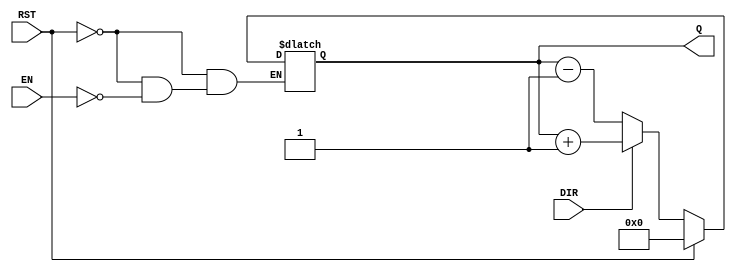
module async_counter #(
    parameter WIDTH = 4 // Configurable width (3 to 8 bits)
)(
    input wire EN,       // Enable signal
    input wire DIR,      // Count direction (1 for up, 0 for down)
    input wire RST,      // Asynchronous reset signal
    output reg [WIDTH-1:0] Q // Count value output
);

    // Asynchronous reset and count logic
    always @(*) begin
        if (RST) begin
            Q = 0; // Reset counter to zero
        end else if (EN) begin
            if (DIR) begin
                Q = Q + 1; // Increment counter
            end else begin
                Q = Q - 1; // Decrement counter
            end
        end
    end

endmodule